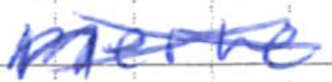
Text: nerve
Cross-out: mix
Writing tool: ballpoint